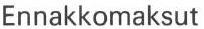
Ennakkomaksut